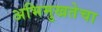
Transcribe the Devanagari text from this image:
अभिमुखतेचा